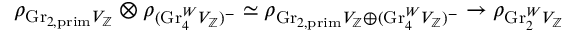
\rho _ { \mathrm { G r } _ { 2 , \mathrm { p r i m } } V _ { \mathbb { Z } } } \otimes \rho _ { ( \mathrm { G r } _ { 4 } ^ { W } V _ { \mathbb { Z } } ) ^ { - } } \simeq \rho _ { \mathrm { G r } _ { 2 , \mathrm { p r i m } } V _ { \mathbb { Z } } \oplus ( \mathrm { G r } _ { 4 } ^ { W } V _ { \mathbb { Z } } ) ^ { - } } \to \rho _ { \mathrm { G r } _ { 2 } ^ { W } V _ { \mathbb { Z } } }